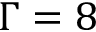
\Gamma = 8